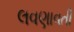
લવણાવતી